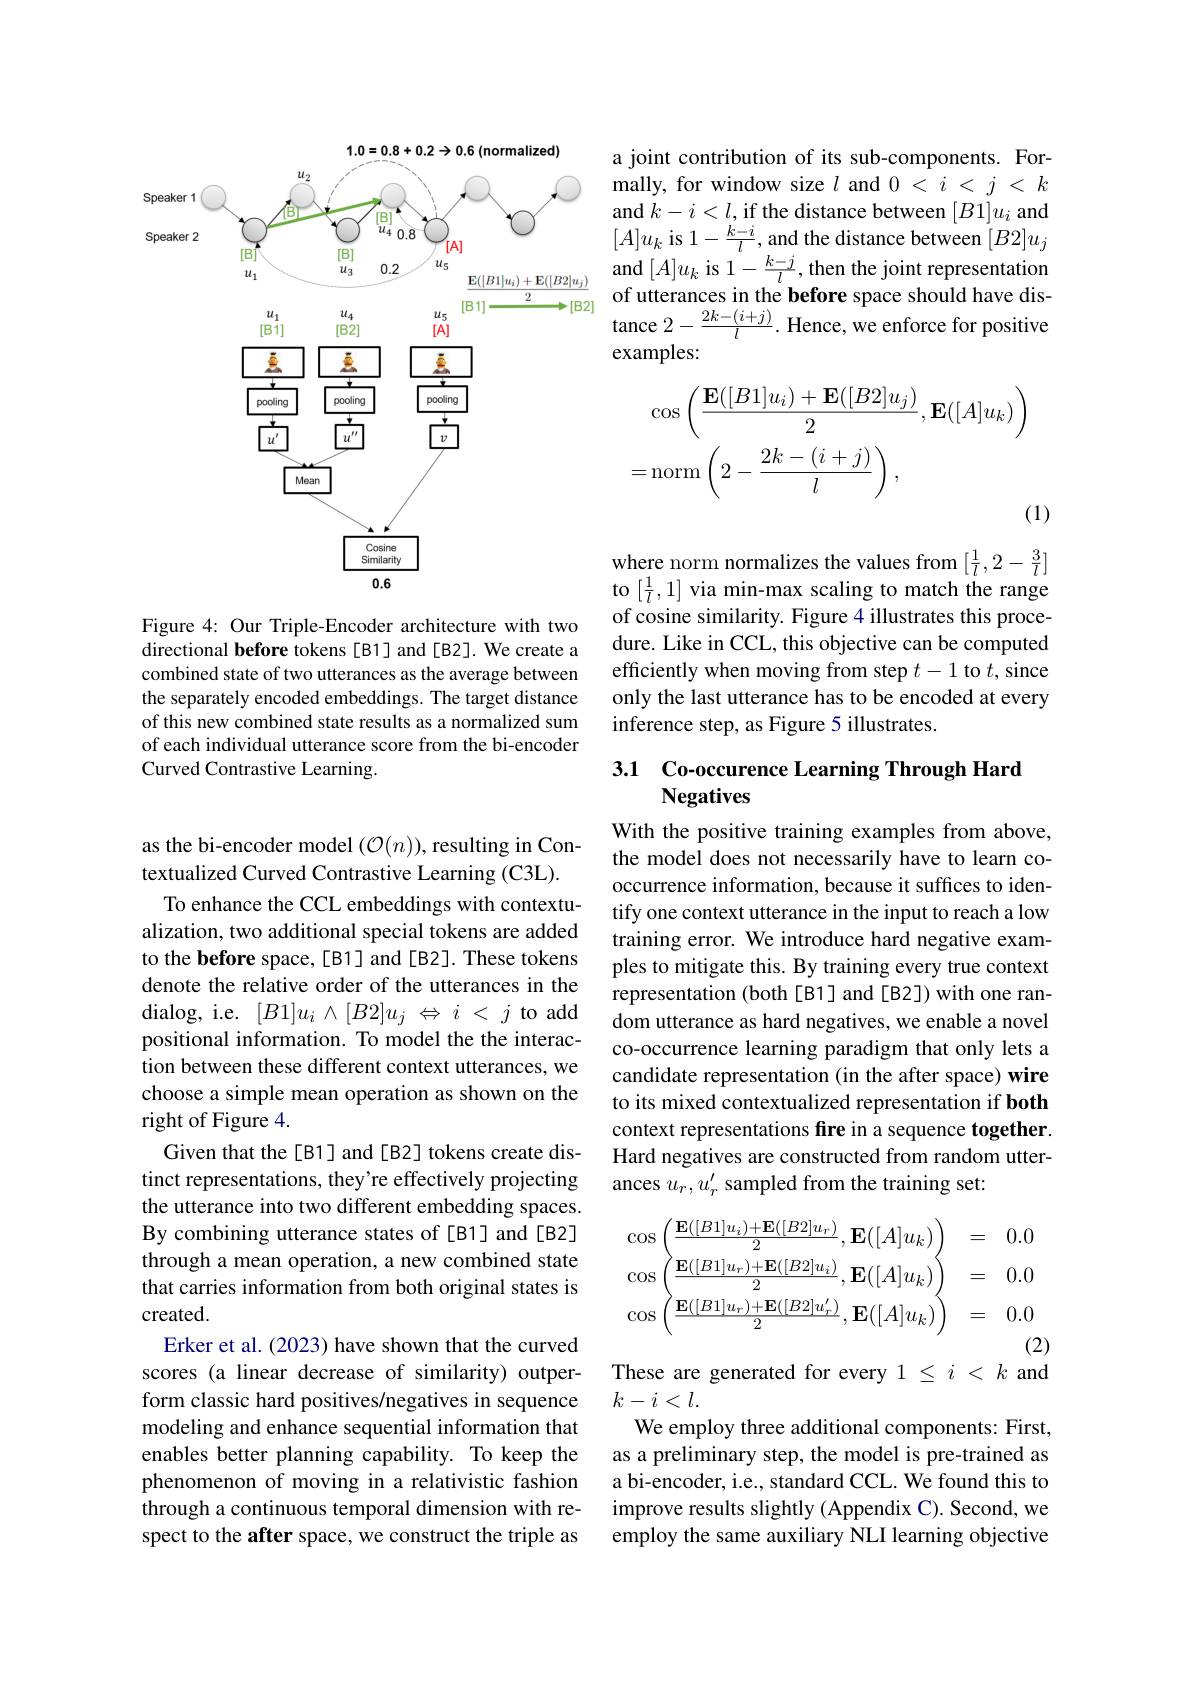
$1.0=0.8+0.2\rightarrow0.6$(normalized)
<FigureHere>

Figure 4: Our Triple-Encoder architecture with two directional before tokens [B1] and [B2]. We create a combined state of two utterances as the average between the separately encoded embeddings. The target distance of this new combined state results as a normalized sum of each individual utterance score from the bi-encoder Curved Contrastive Learning.

as the bi-encoder model $(\mathcal{O}(n))$, resulting in Con-
textualized Curved Contrastive Learning (C3L).
To enhance the CCL embeddings with contextualization, two additional special tokens are added to the before space,[B1] and [B2]. These tokens denote the relative order of the utterances in the dialog, i.e. $[ B1] u_{i}\wedge [ B2] u_{j}$ $\Leftrightarrow$ $i$ < $j$ to add positional information. To model the the interaction between these different context utterances, we choose a simple mean operation as shown on the right of Figure 4.
Given that the[B1] and[B2] tokens create distinct representations, they're effectively projecting the utterance into two different embedding spaces. By combining utterance states of[B1] and[B2] through a mean operation, a new combined state that carries information from both original states is created.
Erker et al. (2023) have shown that the curved scores (a linear decrease of similarity) outperform classic hard positives/negatives in sequence modeling and enhance sequential information that enables better planning capability. To keep the phenomenon of moving in a relativistic fashion through a continuous temporal dimension with respect to the after space, we construct the triple as

a joint contribution of its sub-components. Formally, for window size $l$ and $0<i<j<k$ and $k-i<l$,if the distance between $[B1]u_i$ and $[A]u_k$ is 1$-\frac{k-i}l$,and the distance between $[B2]u_j$ and $[A]u_k$ is $1-\frac{k-j}l$, then the joint representation of utterances in the before space should have distance $2-\frac{2k-(i+j)}l.$ Hence, we enforce for positive examples:
$$\begin{aligned}&\cos\left(\frac{\mathbf{E}([B1]u_{i})+\mathbf{E}([B2]u_{j})}{2},\mathbf{E}([A]u_{k})\right)\\&=\mathrm{norm}\left(2-\frac{2k-(i+j)}{l}\right),\end{aligned}$$
where norm normalizes the values from $[\frac1l,2-\frac3l]$ to $[\frac1l,1]$ via min-max scaling to match the range of cosine similarity. Figure 4 illustrates this procedure. Like in CCL, this objective can be computed efficiently when moving from step $t-1$ to $t$, since only the last utterance has to be encoded at every inference step, as Figure 5 illustrates.

## 3.1 Co-occurence Learning Through Hard Negatives

With the positive training examples from above, the model does not necessarily have to learn cooccurrence information, because it suffices to identify one context utterance in the input to reach a low training error. We introduce hard negative examples to mitigate this. By training every true context representation (both[B1] and[B2]) with one random utterance as hard negatives, we enable a novel co-occurrence learning paradigm that only lets a candidate representation (in the after space) wire to its mixed contextualized representation if both context representations fire in a sequence together. Hard negatives are constructed from random utterances $u_r,u_r^{\prime}$ sampled from the training set:
$$\begin{aligned}&\cos\left(\frac{\mathbf{E}([B1]u_{i})+\mathbf{E}([B2]u_{r})}{2},\mathbf{E}([A]u_{k})\right)&&=\quad0.0\\&\cos\left(\frac{\mathbf{E}([B1]u_{r})+\mathbf{E}([B2]u_{i})}{2},\mathbf{E}([A]u_{k})\right)&&=\quad0.0\\&\cos\left(\frac{\mathbf{E}([B1]u_{r})+\mathbf{E}([B2]u_{r}^{\prime})}{2},\mathbf{E}([A]u_{k})\right)&&=\quad0.0\end{aligned}$$
These are generated for every $1\leq i<k$ and

$k-i<l.$
We employ three additional components: First, as a preliminary step, the model is pre-trained as a bi-encoder, i.e., standard CCL. We found this to improve results slightly (Appendix C). Second, we employ the same auxiliary NLI learning objective